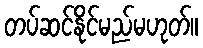
တပ်ဆင်နိုင်မည်မဟုတ်။